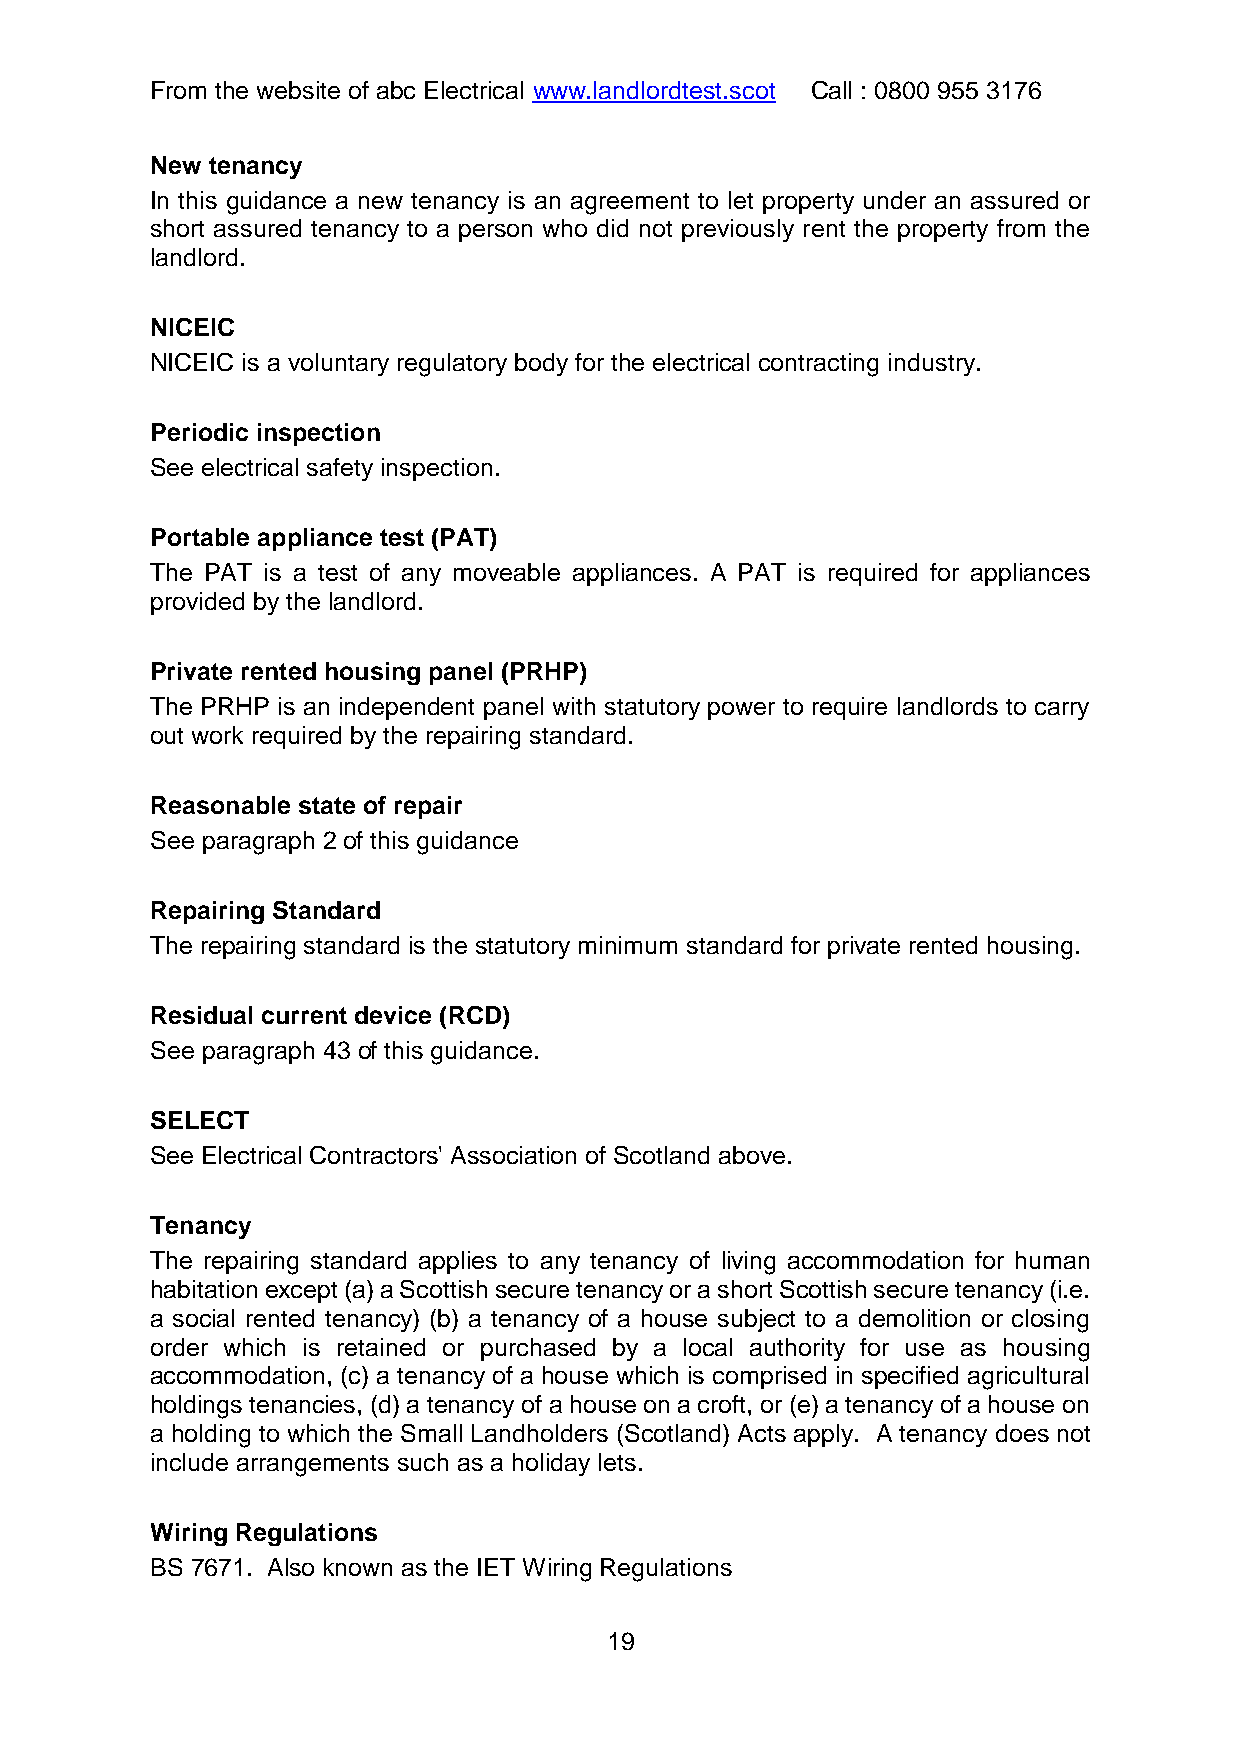
From the website of abc Electrical www.landlordtest.scot Call : 0800 955 3176
 New tenancy
 In this guidance a new tenancy is an agreement to let property under an assured or
 short assured tenancy to a person who did not previously rent the property from the
 landlord.
 NICEIC
 NICEIC is a voluntary regulatory body for the electrical contracting industry.
 Periodic inspection
 See electrical safety inspection.
 Portable appliance test (PAT)
 The PAT is a test of any moveable appliances. A PAT is required for appliances
 provided by the landlord.
 Private rented housing panel (PRHP)
 The PRHP is an independent panel with statutory power to require landlords to carry
 out work required by the repairing standard.
 Reasonable state of repair
 See paragraph 2 of this guidance
 Repairing Standard
 The repairing standard is the statutory minimum standard for private rented housing.
 Residual current device (RCD)
 See paragraph 43 of this guidance.
 SELECT
 See Electrical Contractors' Association of Scotland above.
 Tenancy
 The repairing standard applies to any tenancy of living accommodation for human
 habitation except (a) a Scottish secure tenancy or a short Scottish secure tenancy (i.e.
 a social rented tenancy) (b) a tenancy of a house subject to a demolition or closing
 order which is retained or purchased by a local authority for use as housing
 accommodation, (c) a tenancy of a house which is comprised in specified agricultural
 holdings tenancies, (d) a tenancy of a house on a croft, or (e) a tenancy of a house on
 a holding to which the Small Landholders (Scotland) Acts apply. A tenancy does not
 include arrangements such as a holiday lets.
 Wiring Regulations
 BS 7671. Also known as the IET Wiring Regulations
 19